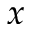
x